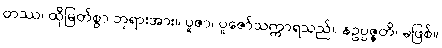
တဿ၊ ထိုမြတ်စွာ ဘုရားအား။ ပူဇာ၊ ပူဇော်သက္ကာရသည်။ နဥပ္ပဇ္ဇတိ၊ မဖြစ်။